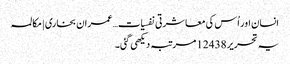
انسان اور اُس کی معاشرتی نفسیات…عمران بخاری | مکالمہ
یہ تحریر 12438 مرتبہ دیکھی گئی۔